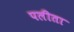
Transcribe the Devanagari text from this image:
पलीता